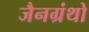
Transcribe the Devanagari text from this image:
जैनग्रंथो